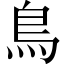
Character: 鳥